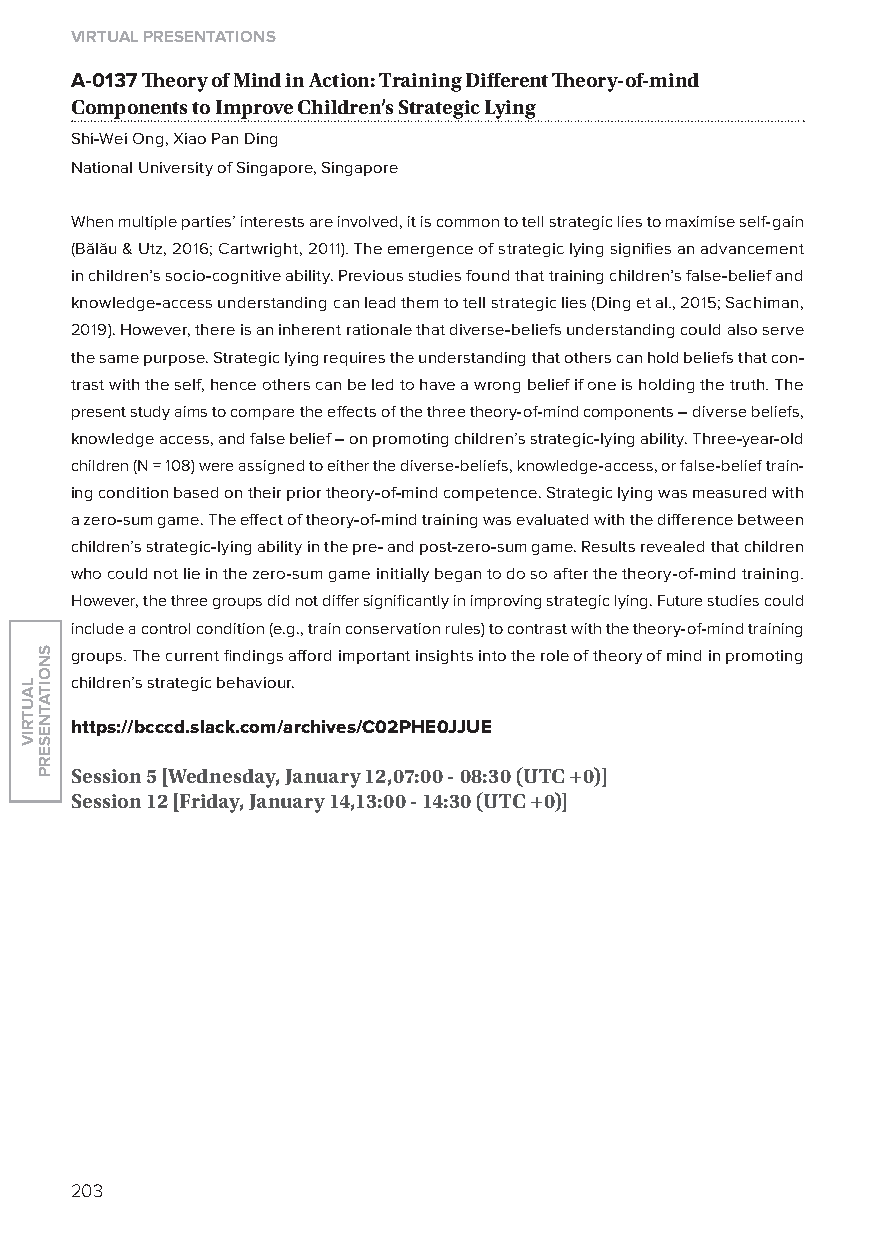
virtual presentations
 A-0137 Theory of mind in action: training Different Theory-of-mind
 Components to improve Children’s strategic lying
 Shi-Wei ong, xiao Pan Ding
 National University of Singapore, Singapore
 When multiple parties’ interests are involved, it is common to tell strategic lies to maximise self-gain
 (Bălău & Utz, 2016; Cartwright, 2011). The emergence of strategic lying signifies an advancement
 in children’s socio-cognitive ability. Previous studies found that training children’s false-belief and
 knowledge-access understanding can lead them to tell strategic lies (Ding et al., 2015; Sachiman,
 2019). However, there is an inherent rationale that diverse-beliefs understanding could also serve
 the same purpose. Strategic lying requires the understanding that others can hold beliefs that con-
 trast with the self, hence others can be led to have a wrong belief if one is holding the truth. The
 present study aims to compare the effects of the three theory-of-mind components – diverse beliefs,
 knowledge access, and false belief – on promoting children’s strategic-lying ability. Three-year-old
 children (N = 108) were assigned to either the diverse-beliefs, knowledge-access, or false-belief train-
 ing condition based on their prior theory-of-mind competence. Strategic lying was measured with
 a zero-sum game. The effect of theory-of-mind training was evaluated with the difference between
 children’s strategic-lying ability in the pre- and post-zero-sum game. Results revealed that children
 who could not lie in the zero-sum game initially began to do so after the theory-of-mind training.
 However, the three groups did not differ significantly in improving strategic lying. Future studies could
 include a control condition (e.g., train conservation rules) to contrast with the theory-of-mind training
 groups. The current findings afford important insights into the role of theory of mind in promoting
 children’s strategic behaviour.
 https://bcccd.slack.com/archives/C02phe0JJue
 session 5 [Wednesday, January 12,07:00 - 08:30 (utC +0)]
 session 12 [friday, January 14,13:00 - 14:30 (utC +0)]
 203
 lautriv
 snoitatneserp